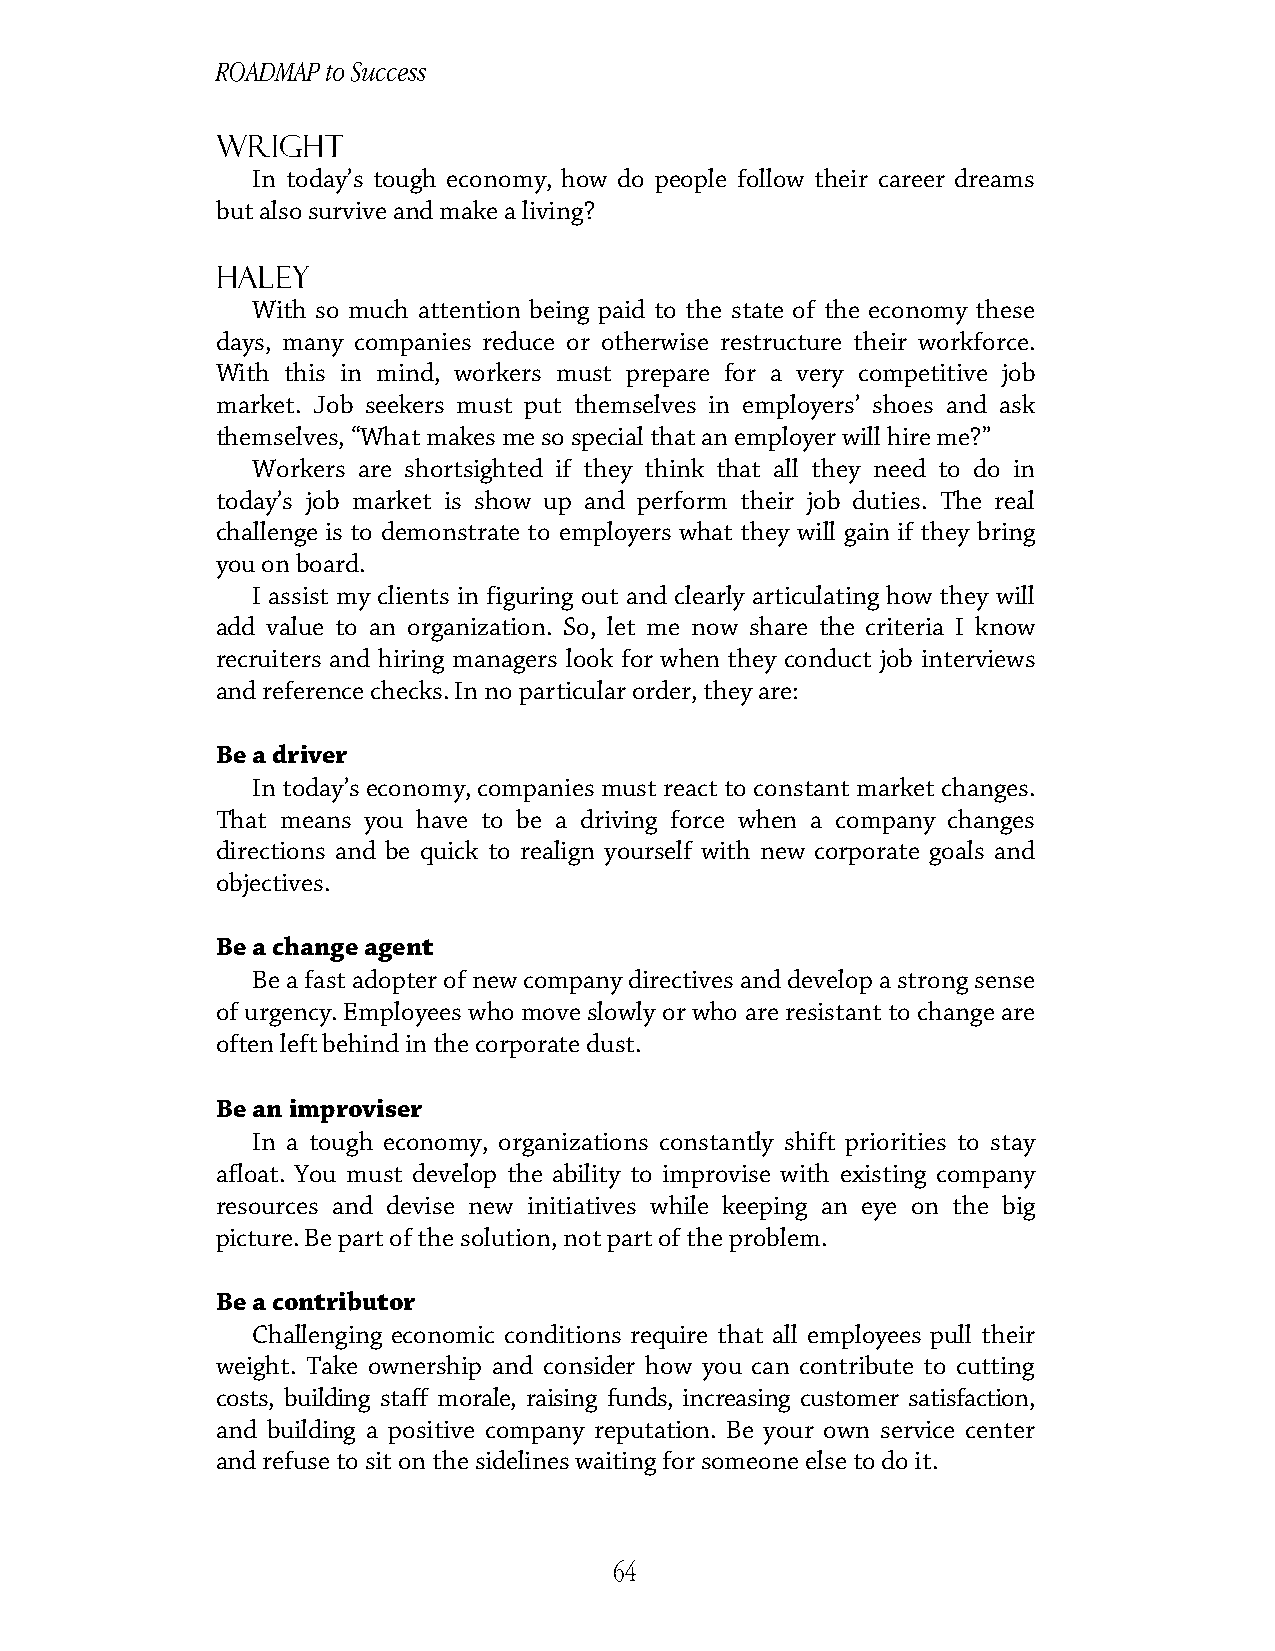
ROADMAP to Success
 Wright
 In today’s tough economy, how do people follow their career dreams
 but also survive and make a living?
 Haley
 With so much attention being paid to the state of the economy these
 days, many companies reduce or otherwise restructure their workforce.
 With this in mind, workers must prepare for a very competitive job
 market. Job seekers must put themselves in employers’ shoes and ask
 themselves, “What makes me so special that an employer will hire me?”
 Workers are shortsighted if they think that all they need to do in
 today’s job market is show up and perform their job duties. The real
 challenge is to demonstrate to employers what they will gain if they bring
 you on board.
 I assist my clients in figuring out and clearly articulating how they will
 add value to an organization. So, let me now share the criteria I know
 recruiters and hiring managers look for when they conduct job interviews
 and reference checks. In no particular order, they are:
 Be a driver
 In today’s economy, companies must react to constant market changes.
 That means you have to be a driving force when a company changes
 directions and be quick to realign yourself with new corporate goals and
 objectives.
 Be a change agent
 Be a fast adopter of new company directives and develop a strong sense
 of urgency. Employees who move slowly or who are resistant to change are
 often left behind in the corporate dust.
 Be an improviser
 In a tough economy, organizations constantly shift priorities to stay
 afloat. You must develop the ability to improvise with existing company
 resources and devise new initiatives while keeping an eye on the big
 picture. Be part of the solution, not part of the problem.
 Be a contributor
 Challenging economic conditions require that all employees pull their
 weight. Take ownership and consider how you can contribute to cutting
 costs, building staff morale, raising funds, increasing customer satisfaction,
 and building a positive company reputation. Be your own service center
 and refuse to sit on the sidelines waiting for someone else to do it.
 64